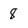
Character: 8